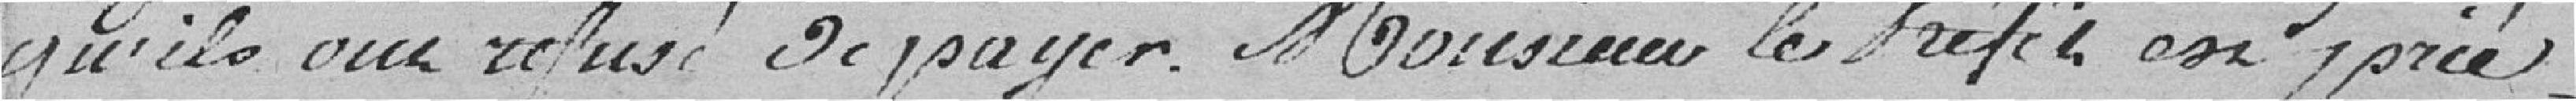
qu'ils ont refusé de payer. Monsieur Le Préfet a prié